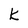
Character: k